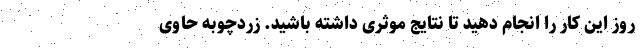
روز این کار را انجام دهید تا نتایج موثری داشته باشید. زردچوبه حاوی